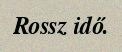
Rossz idő.